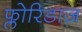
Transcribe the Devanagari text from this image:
फ्लोरिडाज़